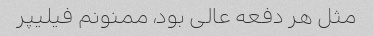
مثل هر دفعه عالی بود، ممنونم فیلیپر